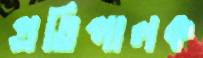
প্রতিপালক